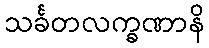
သင်္ခတလက္ခဏာနိ